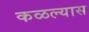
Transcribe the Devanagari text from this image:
कळल्यास